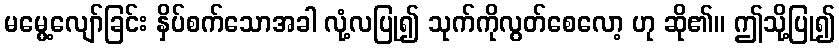
မမွေ့လျော်ခြင်း နှိပ်စက်သောအခါ လုံ့လပြု၍ သုက်ကိုလွတ်စေလော့ ဟု ဆို၏။ ဤသို့ပြု၍